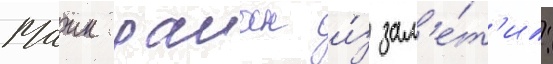
Маик раиан и́з зам'е́т'ил: